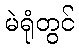
မဲရုံတွင်